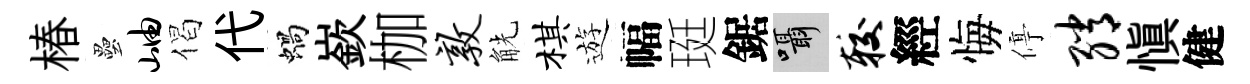
椿壘岫偈代蝸嶔枷敦觥棋遊幅珽鋸囁较經悔停绡愼健